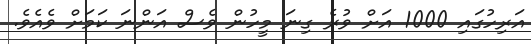
އަރިހުގައި 1000 އަށް ވުރެ ގިނަ މީހުން ވެސް އަންނަ ކަމަށް ވެއެވެ.